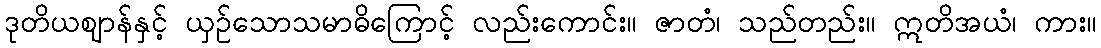
ဒုတိယဈာန်နှင့် ယှဉ်သောသမာဓိကြောင့် လည်းကောင်း။ ဇာတံ၊ သည်တည်း။ ဣတိအယံ၊ ကား။